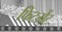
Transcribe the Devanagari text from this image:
फिटमेंट